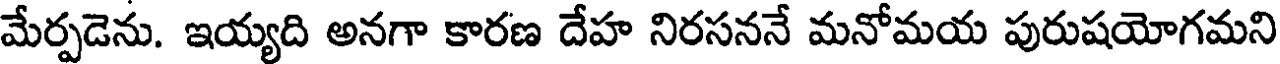
మేర్పడెను. ఇయ్యది అనగా కారణ దేహ నిరసననే మనోమయ పురుషయోగమని